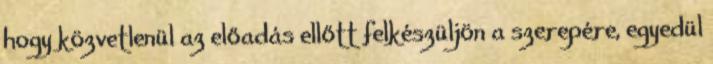
hogy közvetlenül az előadás ellőtt felkészüljön a szerepére, egyedül